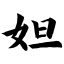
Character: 妲